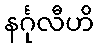
နင်္ဂုလီဟိ